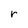
Character: r